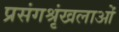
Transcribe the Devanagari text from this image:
प्रसंगश्रृंखलाओं